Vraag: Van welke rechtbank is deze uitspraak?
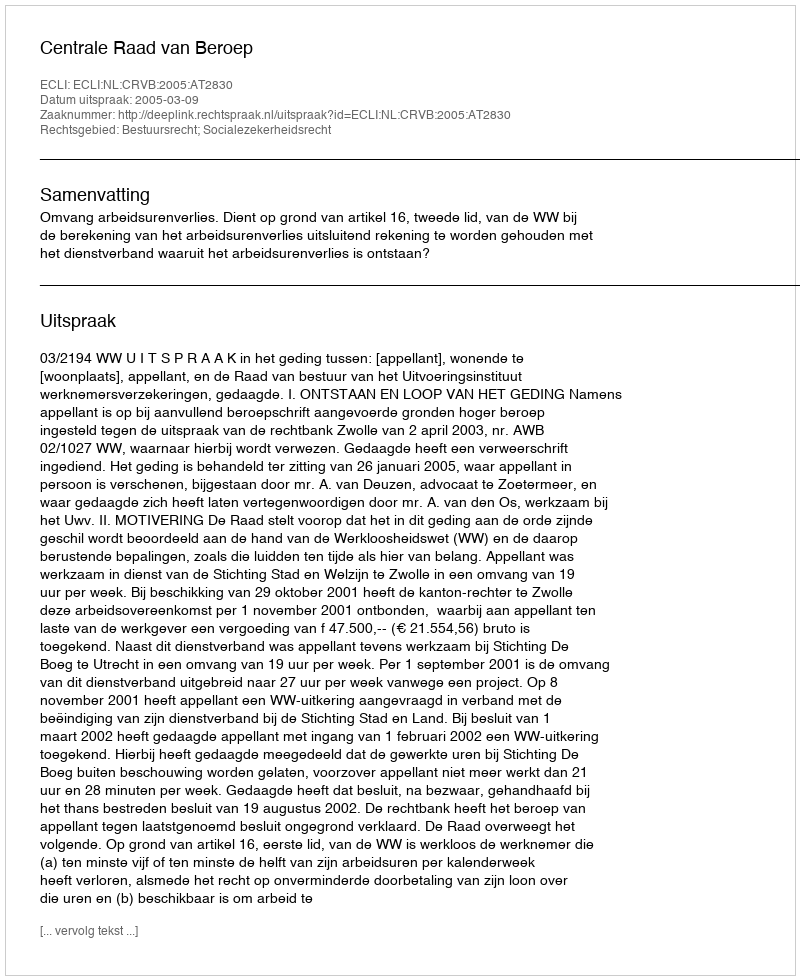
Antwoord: Centrale Raad van Beroep